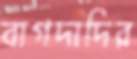
বাগদাদির